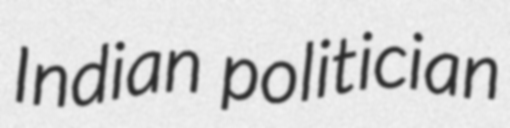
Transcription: Indian politician